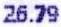
26.79